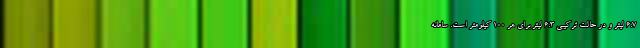
6.7 لیتر و در حالت ترکیبی 6.3 لیتر برای هر 100 کیلومتر است. سامانه